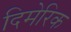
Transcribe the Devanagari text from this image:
दिमेरिक